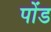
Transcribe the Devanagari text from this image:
पोंड